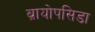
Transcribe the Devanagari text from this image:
ब्रायोपसिडा